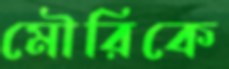
মৌরিকে